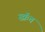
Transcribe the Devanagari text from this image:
स्क्रॅच